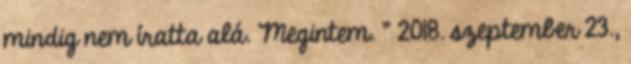
mindig nem íratta alá. Megintem. ” 2018. szeptember 23.,